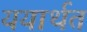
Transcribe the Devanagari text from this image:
ययार्थत